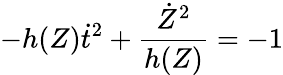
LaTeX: -h(Z)\dot{t}^{2}+\frac{\dot{Z}^{2}}{h(Z)}=-1